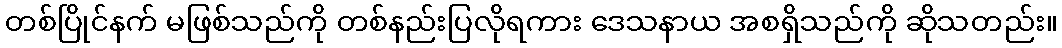
တစ်ပြိုင်နက် မဖြစ်သည်ကို တစ်နည်းပြလိုရကား ဒေသနာယ အစရှိသည်ကို ဆိုသတည်း။